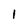
Character: 1